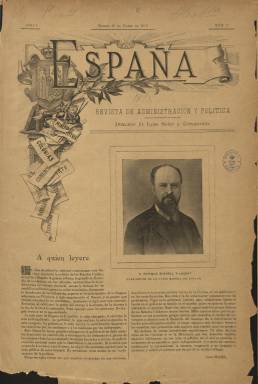
Título: España (Madrid. 1898)
Colección: Revistas de información general
Ámbito geográfico: Madrid
Lugar de publicación: Madrid
Fechas: 28/03/1898-30/12/1902

“Revista de administración y política”, indica el subtítulo de esta publicación, fundada y dirigida por el abogado y periodista de origen catalán Luis Soler y Casajuana (1852-1917), que aparece el 28 de marzo de 1898, en entregas, primero, de ocho páginas, y después de doce, compuestas a tres columnas, con artículos, crónicas y noticias de economía, política y cultura. En su cubierta ilustrada se indican también los asuntos concretos de los que trata, como es la minería y la metalurgia, la industria, el comercio, el transporte marítimo, los aranceles, la agricultura o las colonias (Cuba, Filipinas y Puerto Rico), arrancando su primer artículo sobre la crisis colonial y el firmado por F. Pí y Margal titulado La guerra. Pero también resultan de interés sus artículos referentes al regionalismo y, en concreto, el catalán.

En sus páginas se publican también artículos sobre las cámaras de comercio, pero también sobre educación o el servicio militar obligatorio; crónicas bursátiles y noticias sobre valores mineros, industriales o agro-ganaderos y una Revista de metales y minerales de los más importantes mercados, pero asimismo otra de teatros y una sección de bibliografía. Ofrece información sobre sociedades mercantiles, como la Unión Minera de España, y da espacio a la actividad parlamentaria y a asuntos de la Administración, de Hacienda, impuestos y fiscalidad, arbitraje, tratados de comercio, derecho internacional, ferrocarriles y tranvías, teniendo también una sección jurídica.

Inserta también fotografías de retratos de personajes de la industria, como es el caso del presidente de la Unión Minera de España, Enrique Bushell y Lausat, así como de altos cargos de la Administración, de marinos, comerciantes, agricultores, profesores, escritores o artistas y actores españoles y extranjeros reconocidos, con una sección de grabados. Sus últimas páginas contienen inserciones publicitarias.

Cuando comienza a publicarse, Luis Soler hará mención a la “aflicción nacional” que en esos momentos reina por la guerra hispano-americana en torno a Cuba. Entre las firmas de sus artículos aparecen los nombres, entre otros, de J. Valero Hervás, Adolfo Sundheim, R.M. de Labra, Carlos Huelin o Joaquín A. del Manzano, que desde Valladolid ofrece sus crónicas agrarias. La revista contará también con representantes en Barcelona (Víctor Pereyra), Cartagena (Vicente Monmeneu), Huelva (José Muñoz), Jaén (Ildefonso Monmeneu), Almería (Cándido Guerrero) y León (Antonio Guerrero).

Comenzó siendo semanal (apareciendo los días 7, 14, 21 y 28) y a partir de enero de 1899, lo hará los días 10, 20 y 30 de cada mes. Desde enero de 1900, Soler y Casajuana deja de aparecer como director de la publicación. La colección termina con la entrega número 184, del 30 de diciembre de 1902.